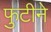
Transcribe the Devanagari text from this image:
फुटीने